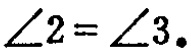
$\angle 2 = \angle 3.$